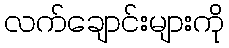
လက်ချောင်းများကို